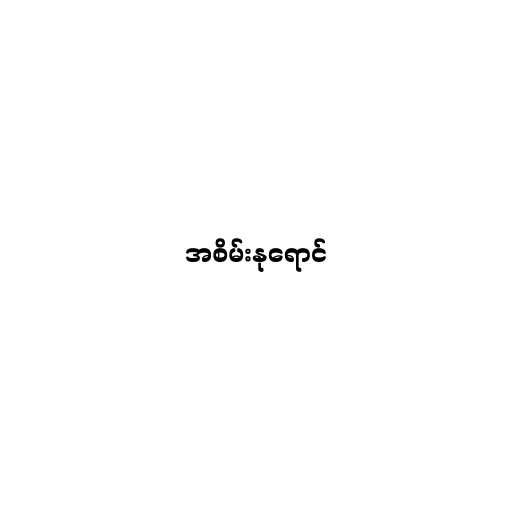
အစိမ်းနုရောင်